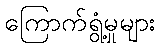
ကြောက်ရွံ့မှုများ